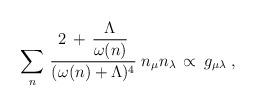
LaTeX: \begin{align*}\sum_n \, \frac{ 2 \,+\, \displaystyle{\frac{\Lambda}{\omega (n)}}}{(\omega (n)+ \Lambda)^4} \; n_\mu n_\lambda \,\propto \,g_{\mu \lambda} \;,\end{align*}